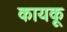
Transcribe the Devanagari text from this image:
कायकू